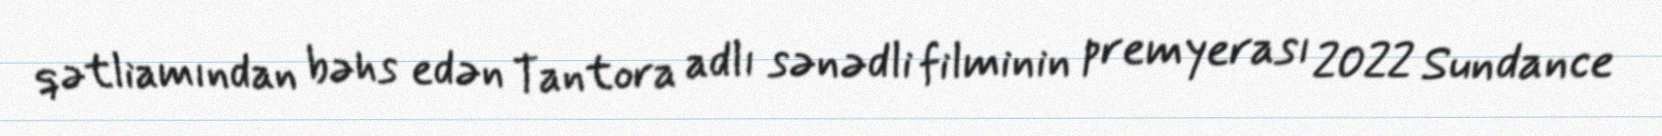
qətliamından bəhs edən Tantora adlı sənədli filminin premyerası 2022 Sundance